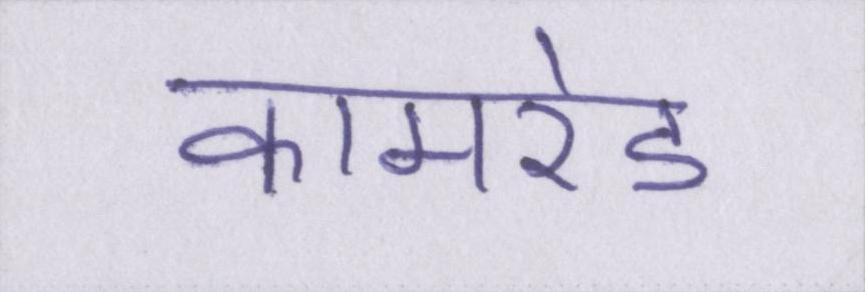
कामरेड